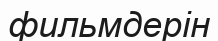
фильмдерін